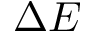
\Delta E